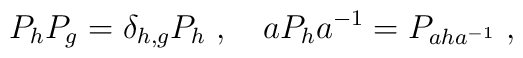
P_hP_g=\delta_{h,g}P_h\; ,\quad aP_h a^{-1}=P_{aha^{-1}}\; ,